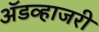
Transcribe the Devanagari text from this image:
ॲडव्हाजरी